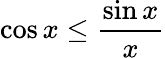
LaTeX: \cos x\leq\frac{\sin x}{x}